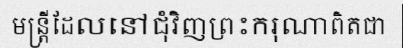
មន្ត្រីដែលនៅជុំវិញព្រះករុណាពិតជា